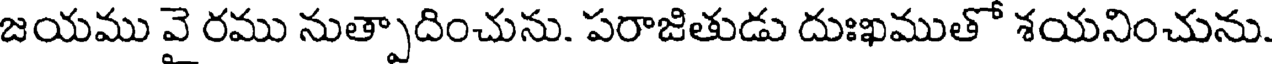
జయము వై రము నుత్పాదించును. పరాజితుడు దుఃఖముతో శయనించును.